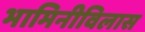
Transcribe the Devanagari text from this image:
भामिनीविलास